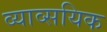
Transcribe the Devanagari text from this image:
व्याव्सयिक